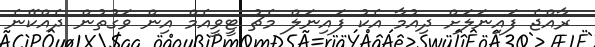
ރާއްޖެ ފައިނަލަށް ދިއުމާ އެކު ފައިނަލް މެޗު ޓީވީއެމް އިން ވަގުތުން ދެއްކޭނެ